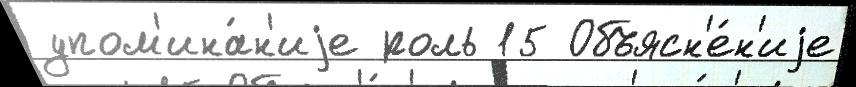
упом'ина́н'иjе роль 15 Объясн'е́н'иjе